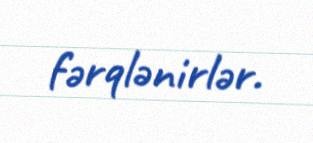
fərqlənirlər.